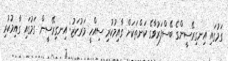
ގަމުގައި އިނގިރޭސީންގެ ބޭސްފަރުވާގެ ކަންތަކަށް ގާއިމުކުރި ސިއްހީ މަރުކަޒު: އިނގިރޭސީން ގަމުގައި ގާއިމުކުރި